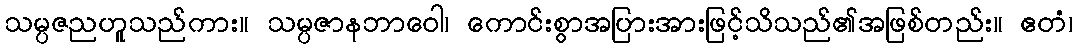
သမ္ပဇညဟူသည်ကား။ သမ္ပဇာနဘာဝေါ၊ ကောင်းစွာအပြားအားဖြင့်သိသည်၏အဖြစ်တည်း။ ဧတံ၊